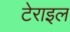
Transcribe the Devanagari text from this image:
टेराइल